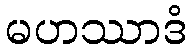
မဟဿာဒံ